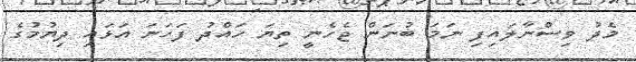
މެދު ވިސްނާލައިފި ނަމަ ބުނަން ޖެހެނީ ތިޔަ ހައްދު ފަހަނަ އަޅައި ދިޔުމުގެ